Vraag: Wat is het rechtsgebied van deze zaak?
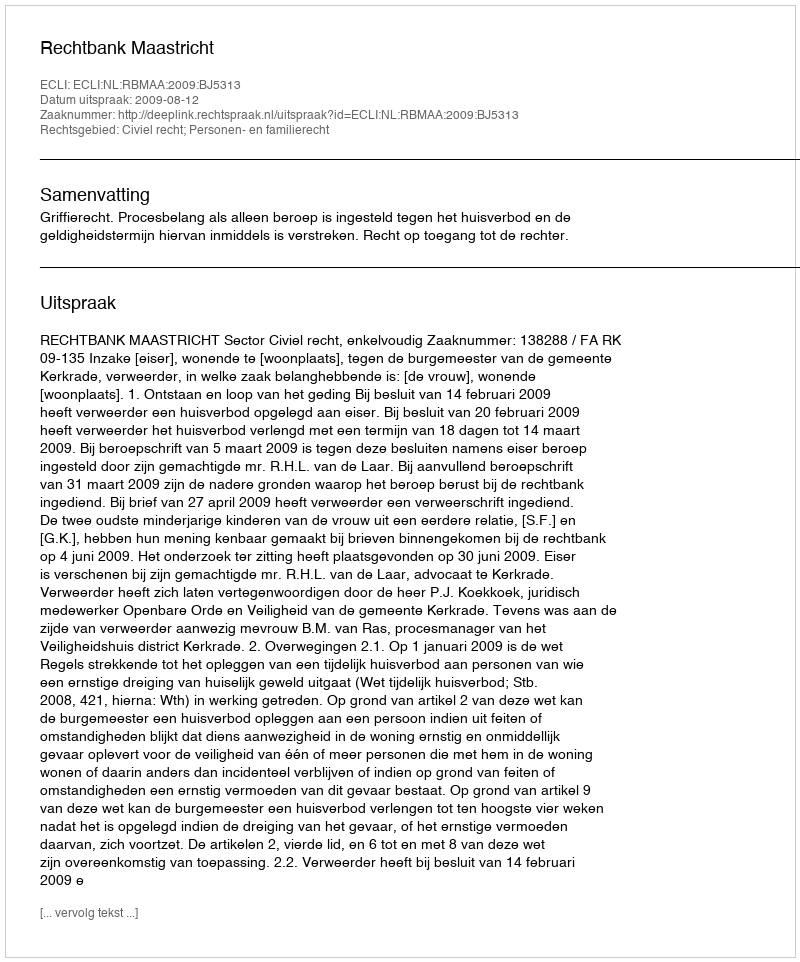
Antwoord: Civiel recht; Personen- en familierecht